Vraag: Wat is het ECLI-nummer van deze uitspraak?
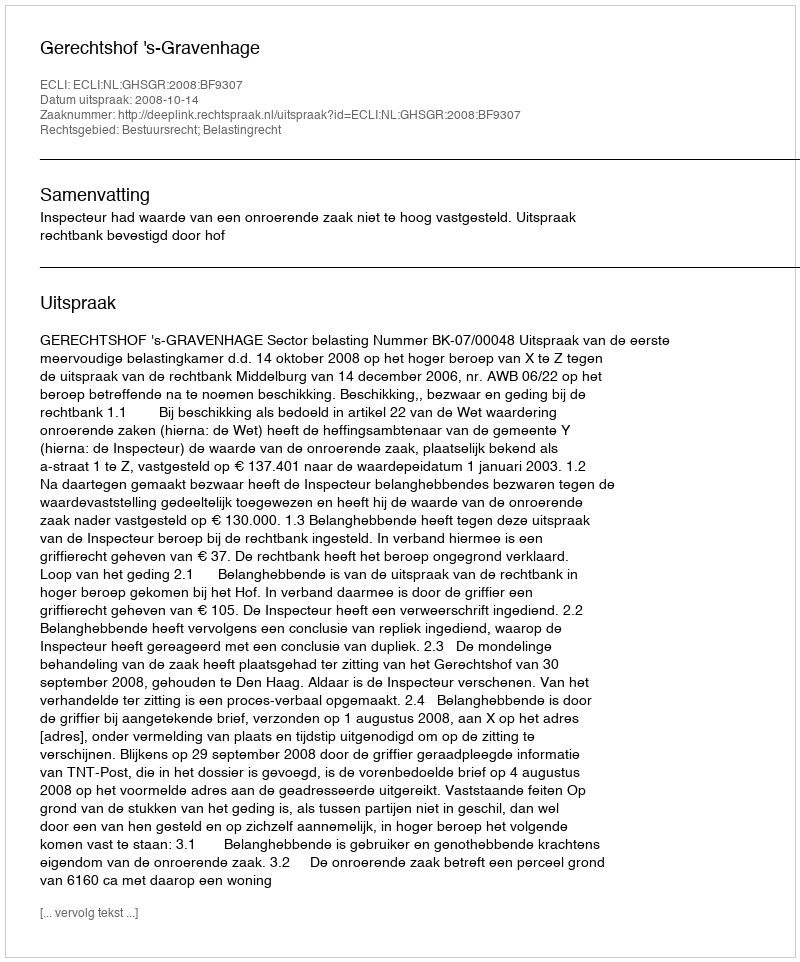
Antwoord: ECLI:NL:GHSGR:2008:BF9307